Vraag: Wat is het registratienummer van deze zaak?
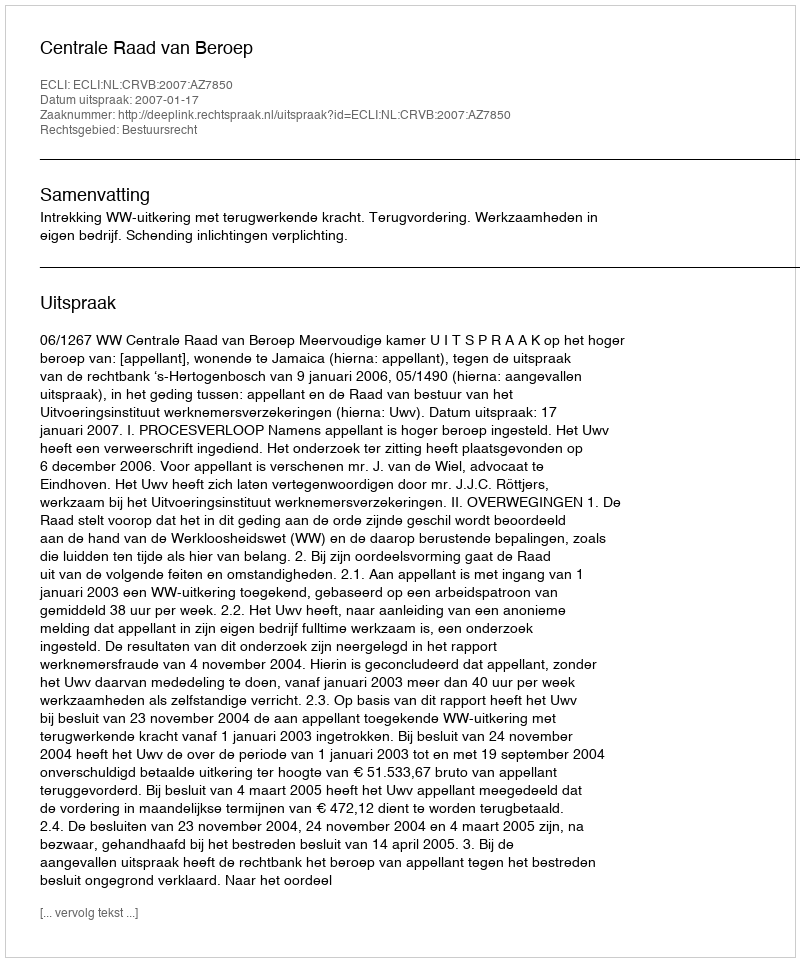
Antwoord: http://deeplink.rechtspraak.nl/uitspraak?id=ECLI:NL:CRVB:2007:AZ7850